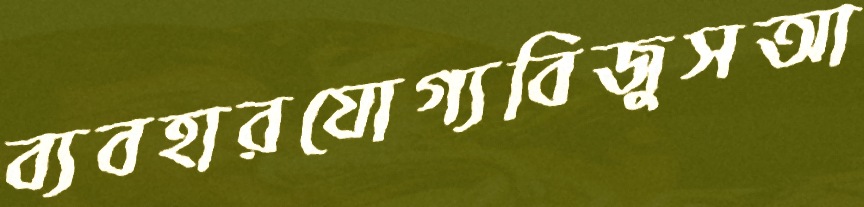
ব্যবহারযোগ্যবিজুসআ